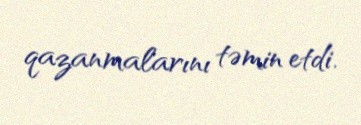
qazanmalarını təmin etdi.